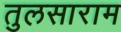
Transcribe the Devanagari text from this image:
तुलसाराम